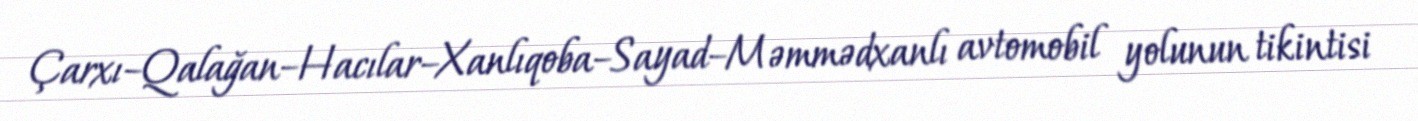
Çarxı–Qalağan–Hacılar–Xanlıqoba–Sayad–Məmmədxanlı avtomobil yolunun tikintisi